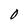
Character: 0